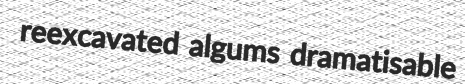
reexcavated algums dramatisable